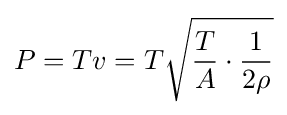
P=Tv=T{\sqrt {{\frac {T}{A}}\cdot {\frac {1}{2\rho }}}}